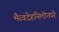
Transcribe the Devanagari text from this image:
भैरवदेहनिलीनपरे